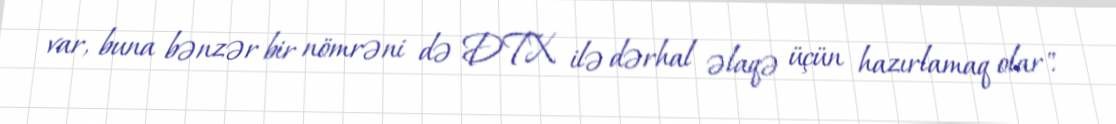
var, buna bənzər bir nömrəni də DTX ilə dərhal əlaqə üçün hazırlamaq olar".